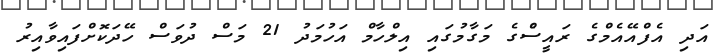
އަދި އެފްއޭއެމްގެ ރައީސްެގެ މަގާމުގައި އިލްހާމް އަހުމަދު 21 މަސް ދުވަސް ހޭދަކޮށްފައިވާއިރު